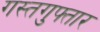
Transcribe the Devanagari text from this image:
गस्तगुफ्तार